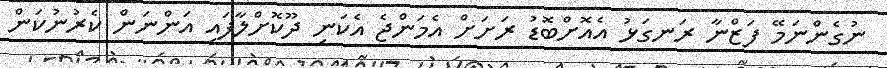
ނުގެންނަމޭ ފަޒްނާ ރަނގަޅު އެއޮށްބޮޑު ރަށަށް އެމަންޖެ އެކަނި ދޫކޮށްލާފައި އަންނަން ކެރުނުކަން